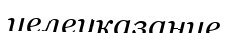
целеуказание